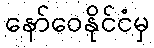
နော်ဝေနိုင်ငံမှ